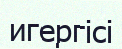
игергісі